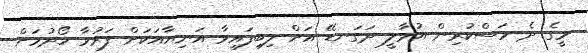
މީގެ ދެ މަސްކުރިން އުވާލީ ދަގަނޑޭ އަށް ލިބިފައިވާ އަނިޔާއަކަށް ފަރުވާ ހޯދުމަށް